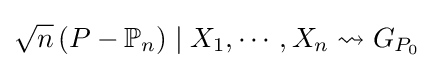
{\sqrt {n}}\left(P-\mathbb {P} _{n}\right)\mid X_{1},\cdots ,X_{n}\rightsquigarrow G_{P_{0}}